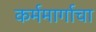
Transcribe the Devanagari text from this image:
कर्ममार्गाचा